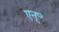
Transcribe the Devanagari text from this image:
एन्॰